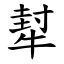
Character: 犎